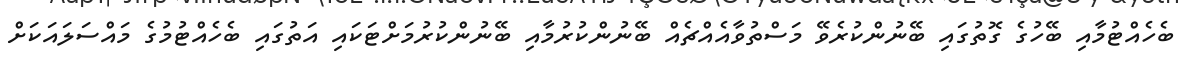
ބެހެއްޓުމާއި ބޭހުގެ ގޮތުގައި ބޭނުންކުރެވޭ މަސްތުވާއެއްޗެއް ބޭނުންކުރުމާއި ބޭނުންކުރުމަށްޓަކައި އަތުގައި ބެހެއްޓުމުގެ މައްސަލައަކަށް